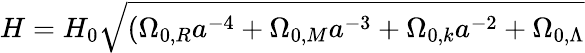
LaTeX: H=H_{0}{\sqrt{(\Omega_{0,R}a^{-4}+\Omega_{0,M}a^{-3}+\Omega_{0,k}a^{-2}+\Omega_{0,\Lambda}}}